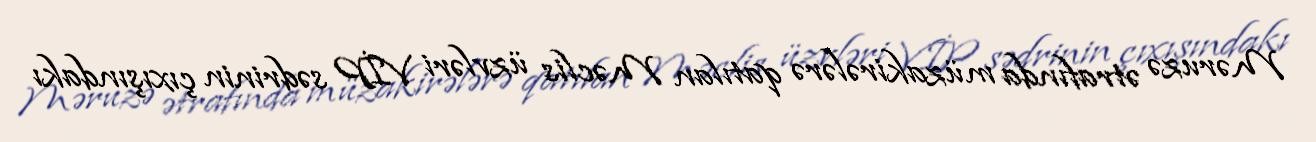
Məruzə ətrafında müzakirələrə qatılan Məclis üzvləri VİP sədrinin çıxışındakı